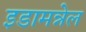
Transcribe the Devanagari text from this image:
इडामन्नेल